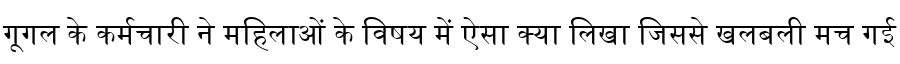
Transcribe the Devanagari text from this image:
गूगल के कर्मचारी ने महिलाओं के विषय में ऐसा क्या लिखा जिससे खलबली मच गई